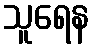
သူရေန